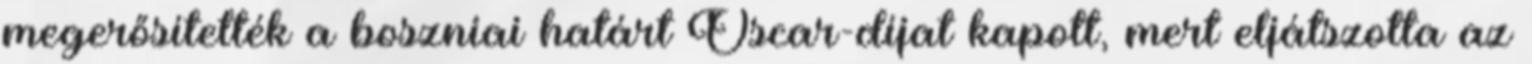
megerősítették a boszniai határt Oscar-díjat kapott, mert eljátszotta az